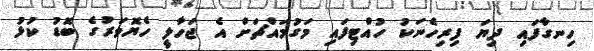
ހިނގާފައި ދިޔަ ފިރިހެނަކު ހުއްޓިފައި މަގުމައްޗަށް އެ ޖަހާލީ ހެޔޮވަރުގެ ބޮޑު ކުޅު